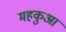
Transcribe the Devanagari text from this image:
महकुआ